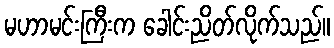
မဟာမင်းကြီးက ခေါင်းညိတ်လိုက်သည်။